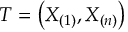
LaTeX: T = \left( X _ { ( 1 ) } , X _ { ( n ) } \right)